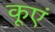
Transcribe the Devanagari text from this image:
कूएं